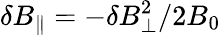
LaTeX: \delta B_{\parallel}=-\delta B_{\perp}^{2}/2B_{0}